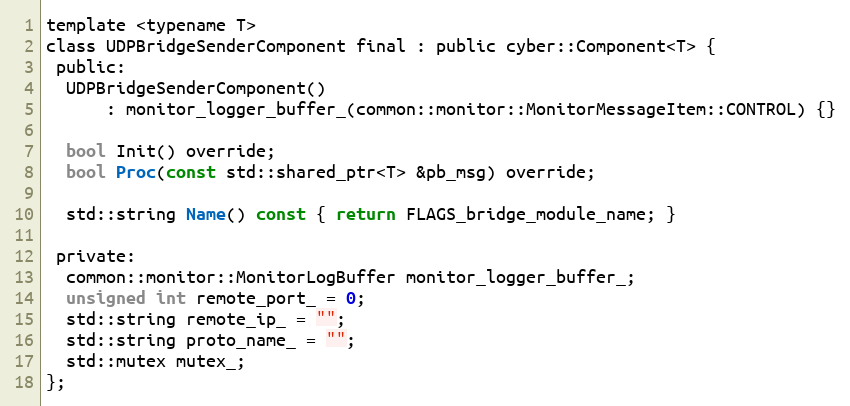
Language: C
template <typename T>
class UDPBridgeSenderComponent final : public cyber::Component<T> {
 public:
  UDPBridgeSenderComponent()
      : monitor_logger_buffer_(common::monitor::MonitorMessageItem::CONTROL) {}

  bool Init() override;
  bool Proc(const std::shared_ptr<T> &pb_msg) override;

  std::string Name() const { return FLAGS_bridge_module_name; }

 private:
  common::monitor::MonitorLogBuffer monitor_logger_buffer_;
  unsigned int remote_port_ = 0;
  std::string remote_ip_ = "";
  std::string proto_name_ = "";
  std::mutex mutex_;
};